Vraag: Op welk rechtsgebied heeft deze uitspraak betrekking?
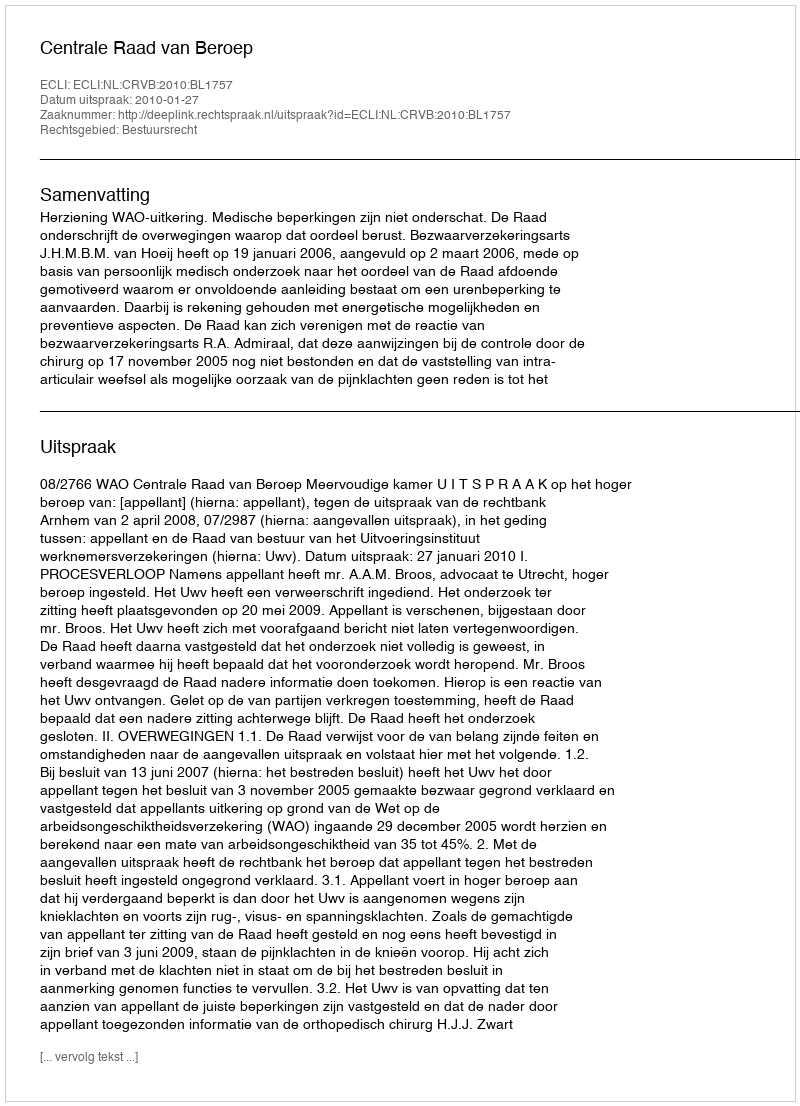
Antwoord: Bestuursrecht